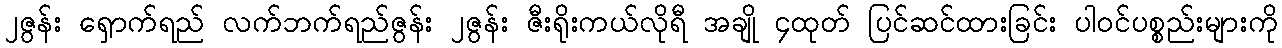
၂ဇွန်း ရှောက်ရည် လက်ဘက်ရည်ဇွန်း ၂ဇွန်း ဇီးရိုးကယ်လိုရီ အချို ၄ထုတ် ပြင်ဆင်ထားခြင်း ပါဝင်ပစ္စည်းများကို